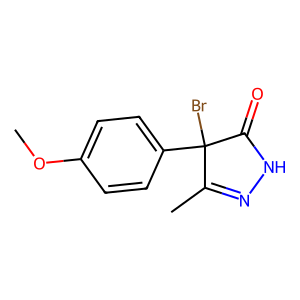
SMILES: COc1ccc(C2(Br)C(=O)NN=C2C)cc1
Inhibits HIV replication: No